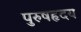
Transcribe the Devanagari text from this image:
पुरुषहृदय